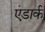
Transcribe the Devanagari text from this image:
एंडार्क